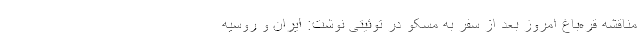
مناقشه قره‌باغ امروز بعد از سفر به مسکو در توئیتی نوشت: ایران و روسیه